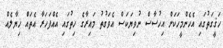
ހަޤީގަތުގައި އެހެންމީހަކަށް އިހުސާސް ނުވިޔަކަސް އެވަގުތު މައިރާގެ ހިތުގައި އެއްފަހަރާ އެތައް ޚިޔާލެއް